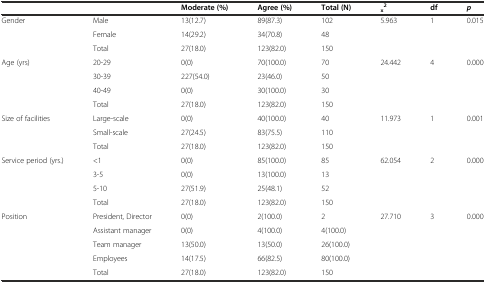
<table><thead><tr><td></td><td></td><td><b>Moderate (%)</b></td><td><b>Agree (%)</b></td><td><b>Total (N)</b></td><td><b><sub>x</sub><sup>2</sup></b></td><td><b>df</b></td><td><b><i>p</i></b></td></tr></thead><tbody><tr><td rowspan="2">Gender</td><td>Male</td><td>13(12.7)</td><td>89(87.3)</td><td>102</td><td rowspan="2">5.963</td><td rowspan="2">1</td><td rowspan="2">0.015</td></tr><tr><td>Female</td><td>14(29.2)</td><td>34(70.8)</td><td>48</td></tr><tr><td></td><td>Total</td><td>27(18.0)</td><td>123(82.0)</td><td>150</td><td></td><td></td><td></td></tr><tr><td rowspan="3">Age (yrs)</td><td>20-29</td><td>0(0)</td><td>70(100.0)</td><td>70</td><td rowspan="3">24.442</td><td rowspan="3">4</td><td rowspan="3">0.000</td></tr><tr><td>30-39</td><td>227(54.0)</td><td>23(46.0)</td><td>50</td></tr><tr><td>40-49</td><td>0(0)</td><td>30(100.0)</td><td>30</td></tr><tr><td></td><td>Total</td><td>27(18.0)</td><td>123(82.0)</td><td>150</td><td></td><td></td><td></td></tr><tr><td rowspan="2">Size of facilities</td><td>Large-scale</td><td>0(0)</td><td>40(100.0)</td><td>40</td><td rowspan="2">11.973</td><td rowspan="2">1</td><td rowspan="2">0.001</td></tr><tr><td>Small-scale</td><td>27(24.5)</td><td>83(75.5)</td><td>110</td></tr><tr><td></td><td>Total</td><td>27(18.0)</td><td>123(82.0)</td><td>150</td><td></td><td></td><td></td></tr><tr><td rowspan="3">Service period (yrs.)</td><td>&lt;1</td><td>0(0)</td><td>85(100.0)</td><td>85</td><td>62.054</td><td>2</td><td>0.000</td></tr><tr><td>3-5</td><td>0(0)</td><td>13(100.0)</td><td>13</td><td></td><td></td><td></td></tr><tr><td>5-10</td><td>27(51.9)</td><td>25(48.1)</td><td>52</td><td></td><td></td><td></td></tr><tr><td></td><td>Total</td><td>27(18.0)</td><td>123(82.0)</td><td>150</td><td></td><td></td><td></td></tr><tr><td rowspan="4">Position</td><td>President, Director</td><td>0(0)</td><td>2(100.0)</td><td>2</td><td>27.710</td><td>3</td><td>0.000</td></tr><tr><td>Assistant manager</td><td>0(0)</td><td>4(100.0)</td><td>4(100.0)</td><td></td><td></td><td></td></tr><tr><td>Team manager</td><td>13(50.0)</td><td>13(50.0)</td><td>26(100.0)</td><td></td><td></td><td></td></tr><tr><td>Employees</td><td>14(17.5)</td><td>66(82.5)</td><td>80(100.0)</td><td></td><td></td><td></td></tr><tr><td></td><td>Total</td><td>27(18.0)</td><td>123(82.0)</td><td>150</td><td></td><td></td><td></td></tr></tbody></table>